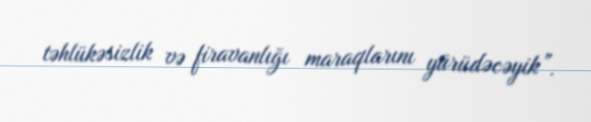
təhlükəsizlik və firavanlığı maraqlarını yürüdəcəyik”.